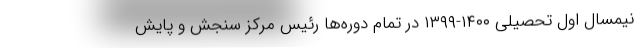
نیمسال اول تحصیلی ۱۴۰۰-۱۳۹۹ در تمام دوره‌ها رئیس مرکز سنجش و پایش